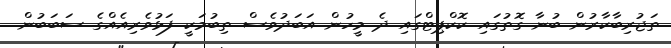
ތަޖުރިބާކާރުން ބުނާ ގޮތުގައި ކޮކްޕިޓްގައި ދެ މީހުން އަބަދުވެސް ތިބުމަކީ ފަޅުވެރިއެއްގެ ސަބަބުން